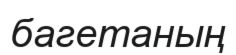
багетаның